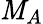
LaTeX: \mathit{M}_{A}